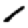
Digit: 1